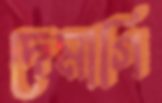
দেমাগি